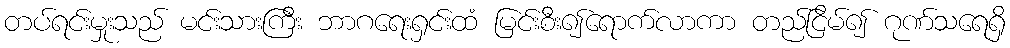
တပ်ရင်းမှုးသည် မင်းသားကြီး ဘာဂရေးရှင်းထံ မြင်းစီး၍ရောက်လာကာ တည်ငြိမ်၍ ဂုဏ်သရေရှိ